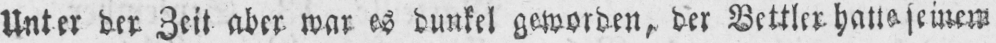
Unter der Zeit aber war es dunkel geworden, der Bettler hatte seinen